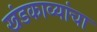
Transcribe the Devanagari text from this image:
खंडकाव्यांचा